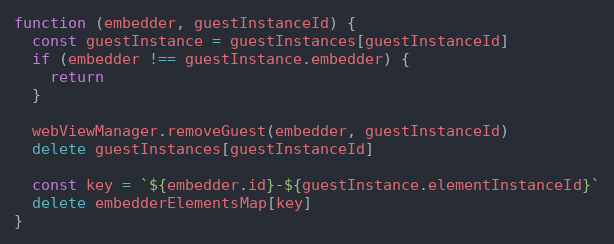
Language: JavaScript
function (embedder, guestInstanceId) {
  const guestInstance = guestInstances[guestInstanceId]
  if (embedder !== guestInstance.embedder) {
    return
  }

  webViewManager.removeGuest(embedder, guestInstanceId)
  delete guestInstances[guestInstanceId]

  const key = `${embedder.id}-${guestInstance.elementInstanceId}`
  delete embedderElementsMap[key]
}